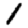
Digit: 1